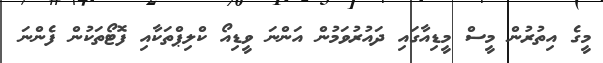
މީގެ އިތުރުން މީސް މީޑިއާގައި ދައުރުވަމުން އަންނަ ވީޑިއޯ ކްލިޕްތަކާއި ފޮޓޯތަކުން ފެންނަ